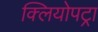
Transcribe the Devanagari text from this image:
क्लियोपट्रा